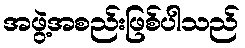
အဖွဲ့အစည်းဖြစ်ပါသည်